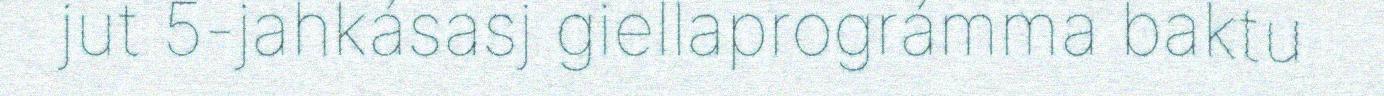
jut 5-jahkásasj giellaprográmma baktu